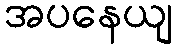
အပနေယျ